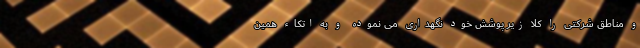
و مناطق شرکتی را کلاً زیر پوشش خود نگهداری می نموده و به اتکاء همین